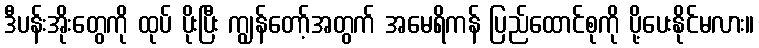
ဒီပန်းအိုးတွေကို ထုပ် ပိုးပြီး ကျွန်တော့်အတွက် အမေရိကန် ပြည်ထောင်စုကို ပို့ပေးနိုင်မလား။